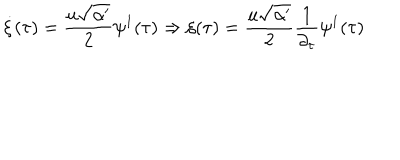
LaTeX: \dot { \xi } ( \tau ) = \frac { u \sqrt { \alpha ^ { \prime } } } { 2 } \psi ^ { 1 } ( \tau ) \Rightarrow \xi ( \tau ) = \frac { u \sqrt { \alpha ^ { \prime } } } { 2 } \frac { 1 } { \partial _ { \tau } } \psi ^ { 1 } ( \tau )